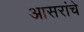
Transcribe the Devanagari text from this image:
आसरांचे